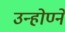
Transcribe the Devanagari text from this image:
उन्होण्ने